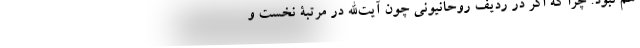
هم نبود. چرا که اگر در ردیف روحانیونی چون آیت‌الله در مرتبۀ نخست و